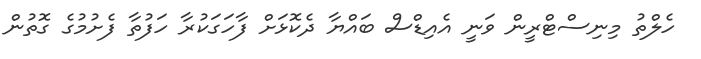
ހެލްތު މިނިސްޓްރީން ވަނީ އެއިޑްސް ބައްޔާ ދެކޮޅަށް ފާހަގަކުރާ ހަފުތާ ފެށުމުގެ ގޮތުން